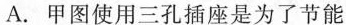
A.甲图使用三孔插座是为了节能